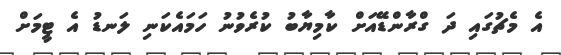
އެ މެޗުގައި ދަ ގްރާންޑޭއަށް ކާމިޔާބު ކުރެވުނު ހަމައެކަނި ލަނޑު އެ ޓީމަށް